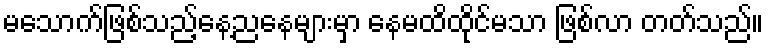
မသောက်ဖြစ်သည့်နေ့ညနေများမှာ နေမထိထိုင်မသာ ဖြစ်လာ တတ်သည်။